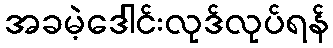
အခမဲ့ဒေါင်းလုဒ်လုပ်ရန်